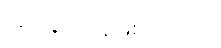
အခြေအနေဖြစ်ပါတယ်။